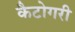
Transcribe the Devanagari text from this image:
कैटोगरी